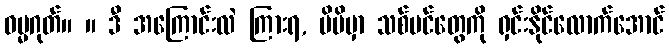
ဓမ္မဂုတ်။ ။ ဒီ အကြောင်းလဲ ကြားရ, မိမိမှာ သစ်ပင်တွေကို ရှင်းနိုင်လောက်အောင်